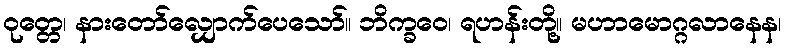
ဝုတ္တေ၊ နားတော်လျှောက်ပေသော်။ ဘိက္ခဝေ၊ ရဟန်းတို့။ မဟာမောဂ္ဂလာနေန၊